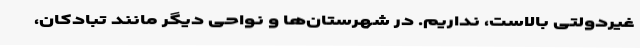
غیردولتی بالاست، نداریم. در شهرستان‌ها و نواحی دیگر مانند تبادکان،